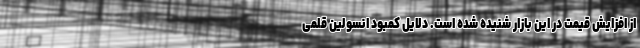
از افزایش قیمت در این بازار شنیده شده است. دلایل کمبود انسولین قلمی